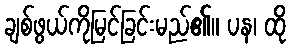
ချစ်ဖွယ်ကိုမြင်ခြင်းမည်၏။ ပန၊ ထို